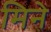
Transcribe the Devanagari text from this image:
मिने